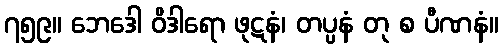
၇၅၉။ ဘေဒေါ ဝိဒါရော ဖုဋနံ၊ တပ္ပနံ တု စ ပီဏနံ။